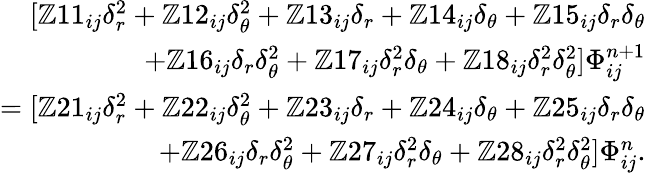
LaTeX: \begin{array}{r}{[\mathbb{Z}11_{ij}\delta_{r}^{2}+\mathbb{Z}12_{ij}\delta_{\theta}^{2}+\mathbb{Z}13_{ij}\delta_{r}+\mathbb{Z}14_{ij}\delta_{\theta}+\mathbb{Z}15_{ij}\delta_{r}\delta_{\theta}}\\ {+\mathbb{Z}16_{ij}\delta_{r}\delta_{\theta}^{2}+\mathbb{Z}17_{ij}\delta_{r}^{2}\delta_{\theta}+\mathbb{Z}18_{ij}\delta_{r}^{2}\delta_{\theta}^{2}]\Phi_{ij}^{n+1}}\\ {=[\mathbb{Z}21_{ij}\delta_{r}^{2}+\mathbb{Z}22_{ij}\delta_{\theta}^{2}+\mathbb{Z}23_{ij}\delta_{r}+\mathbb{Z}24_{ij}\delta_{\theta}+\mathbb{Z}25_{ij}\delta_{r}\delta_{\theta}}\\ {+\mathbb{Z}26_{ij}\delta_{r}\delta_{\theta}^{2}+\mathbb{Z}27_{ij}\delta_{r}^{2}\delta_{\theta}+\mathbb{Z}28_{ij}\delta_{r}^{2}\delta_{\theta}^{2}]\Phi_{ij}^{n}.}\end{array}